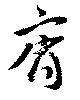
齊